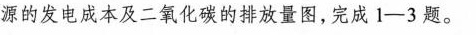
源的发电成本及二氧化碳的排放量图，完成1-3题。